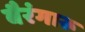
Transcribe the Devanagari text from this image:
बैरंगारू